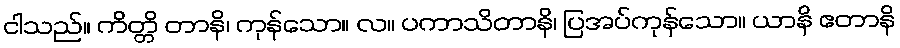
ငါသည်။ ကိတ္တိ တာနိ၊ ကုန်သော။ လ။ ပကာသိတာနိ၊ ပြအပ်ကုန်သော။ ယာနိ ဧတာနိ